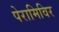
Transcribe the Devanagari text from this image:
पेरामिविर